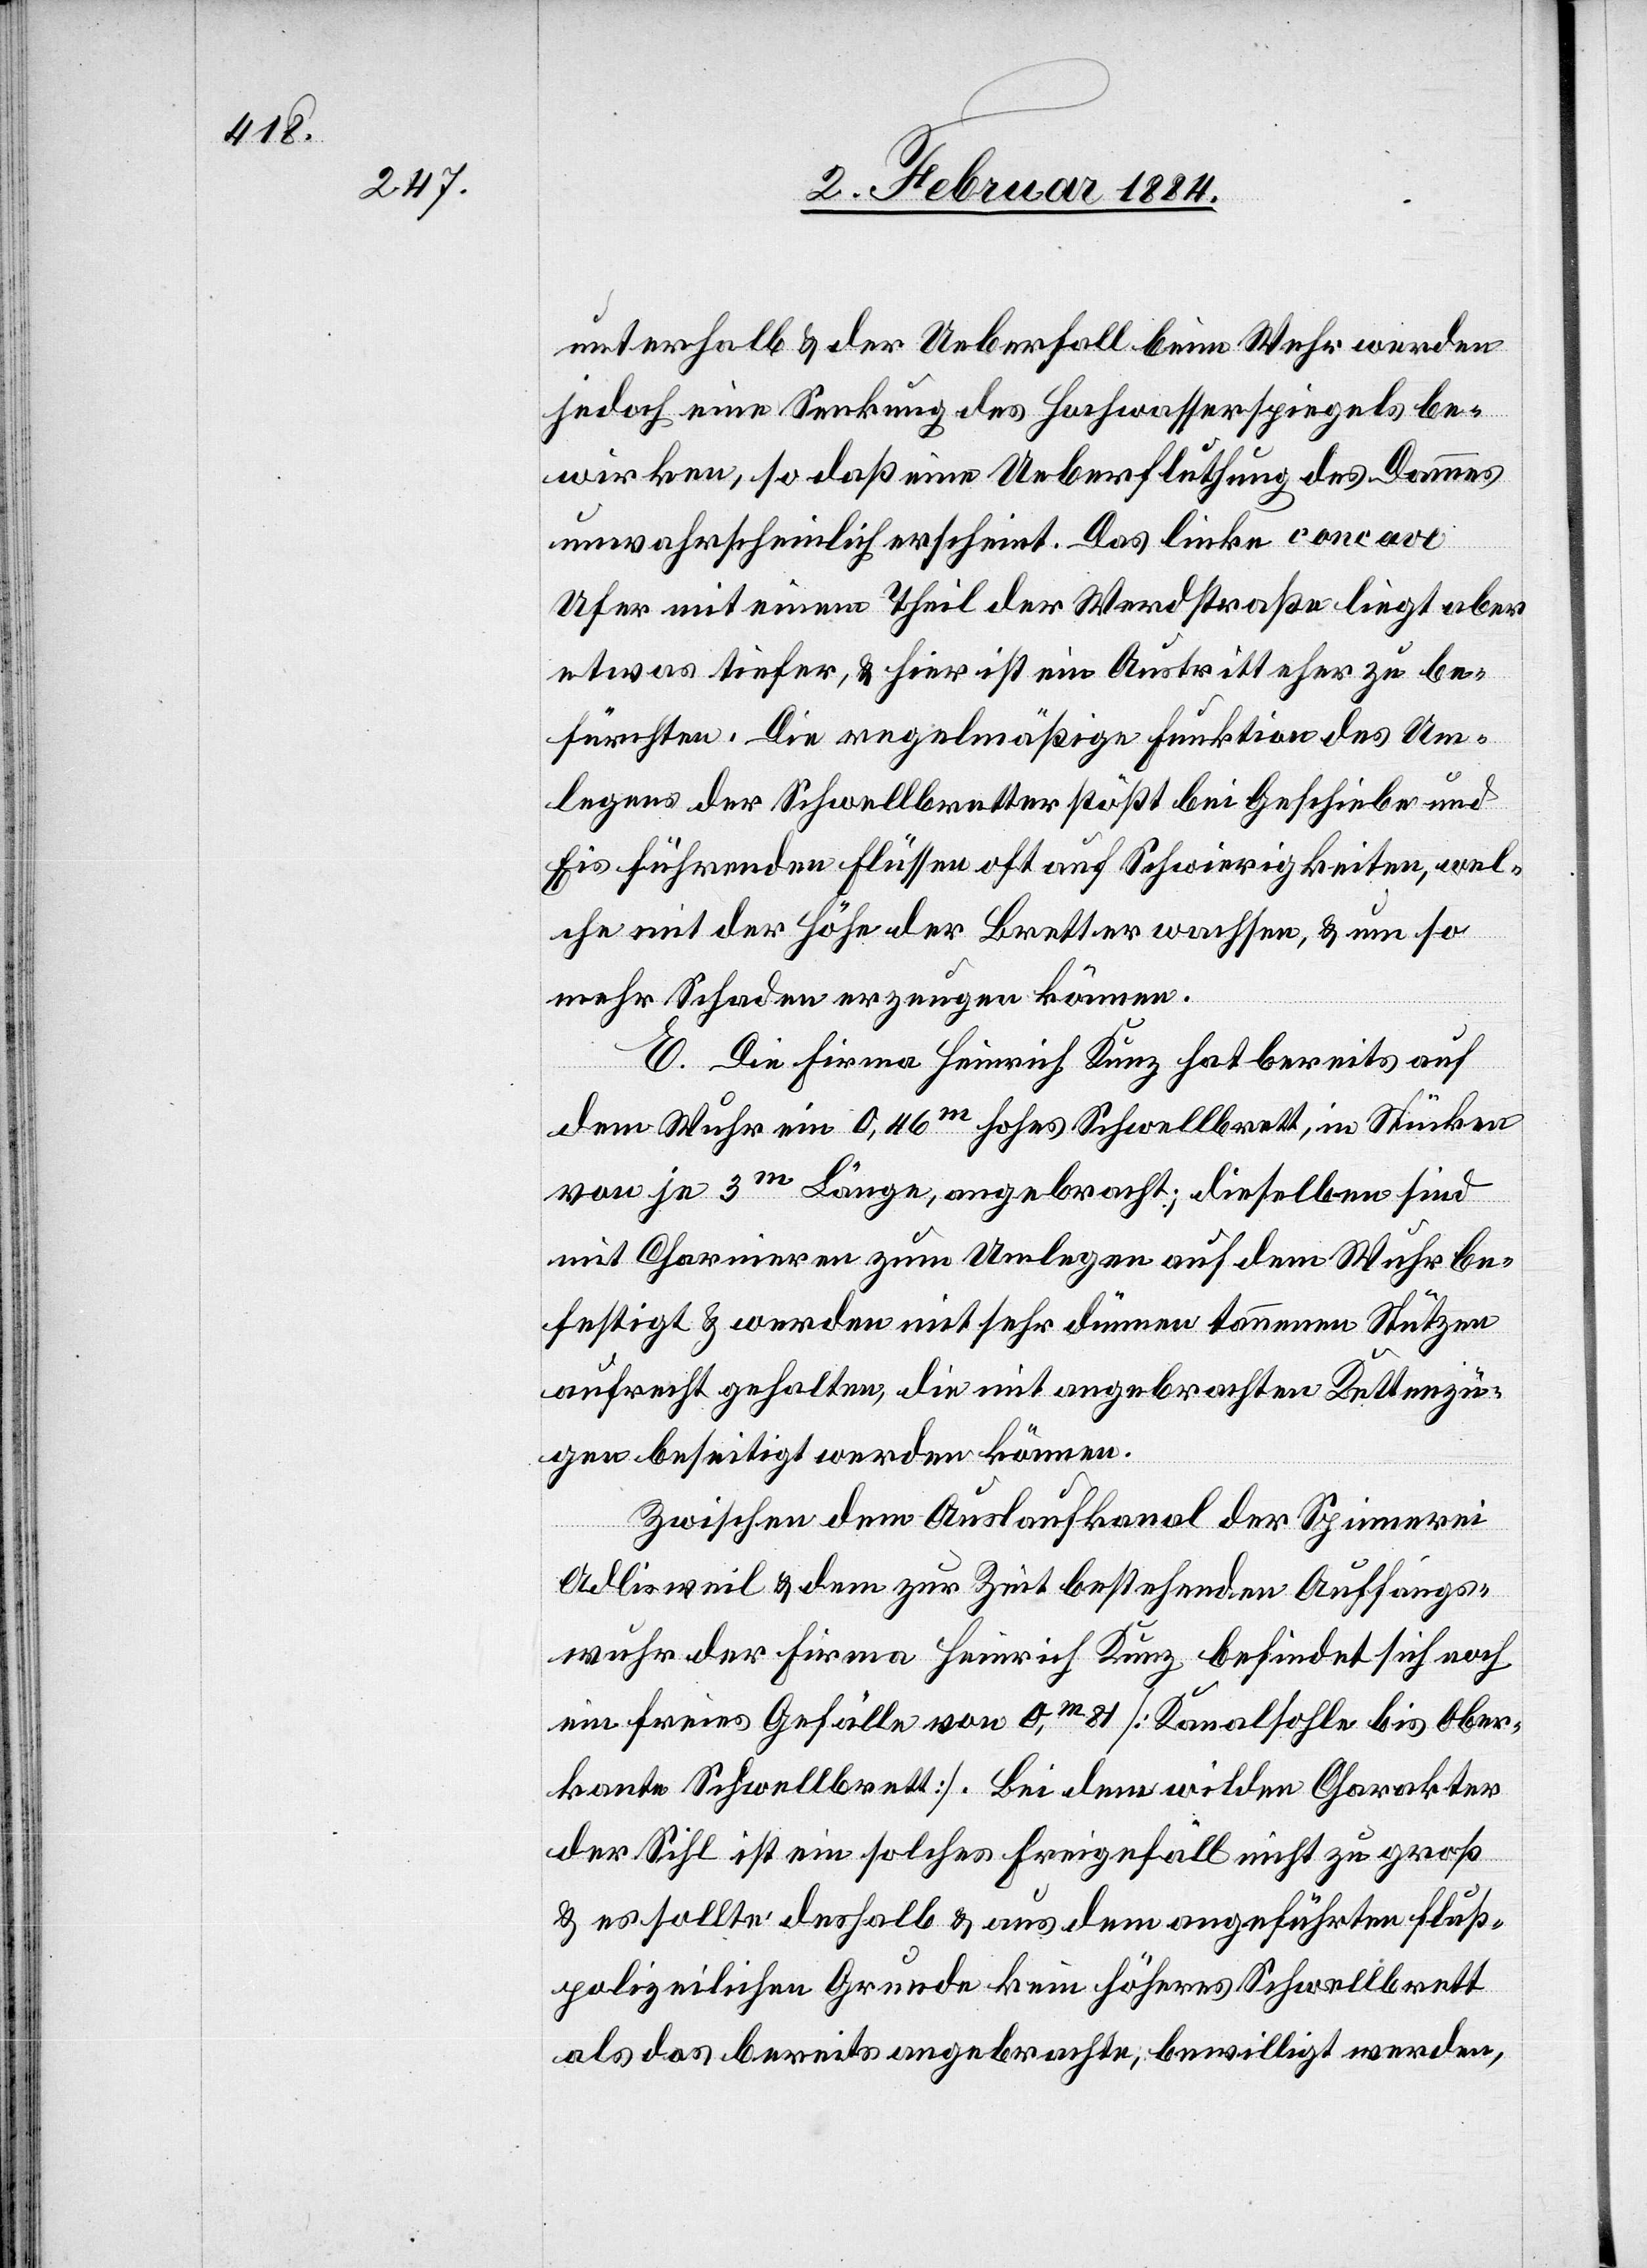
unterhalb & der Ueberfall beim Wuhr würden
jedoch eine Senkung des Hochwasserspiegels be¬
wirken, so daß eine Ueberfluthung des Dammes
unwahrscheinlich erscheint. Das linke concave
Ufer mit einem Theil der Werdstraße liegt aber
etwas tiefer, & hier ist ein Austritt eher zu be¬
fürchten. Die regelmäßige Funktion des Um¬
legens der Schwellbretter stößt bei Geschiebe und
Eis führenden Flüssen oft auf Schwierigkeiten, wel¬
che mit der Höhe der Bretter wachsen & um so
mehr Schaden erzeugen können.
E. Die Firma Heinrich Kunz hat bereits auf
dem Wuhr ein 0,36m hohes Schwellbrett, in Stücken
von je 3m Länge, angebracht; dieselben sind
mit Charnieren zum Umlegen auf dem Wuhr be¬
festigt & werden mit sehr dünnen tauenen Stützen
aufrecht gehalten, die mit angebrachten Kettenzü¬
gen beseitigt werden können.
Zwischen dem Auslaufkanal der Spinnerei
Adlisweil & dem zur Zeit bestehenden Auffangs¬
wuhr der Firma Heinrich Kunz befindet sich noch
ein freies Gefälle von 0m 81 [Kanalsohle bis Ober¬
kante Schwellbrett]. Bei dem wilden Charakter
der Sihl ist ein solches Freigefäll nicht zu groß
& es sollte deshalb & aus dem angeführten fluß¬
polizeilichen Grunde kein höheres Schwellbrett
als das bereits angebrachte, bewilligt werden,